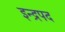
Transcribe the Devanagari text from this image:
इन्द्रपद